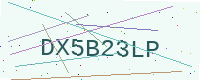
Text: DX5B23LP